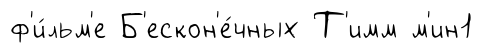
ф'и́льм'е Б'ескон'е́чных Т'имм м'ин1